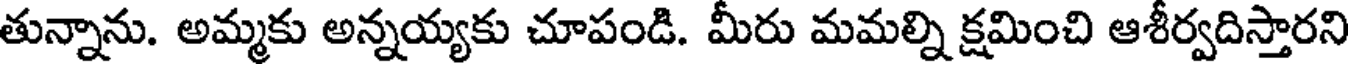
తున్నాను. అమ్మకు అన్నయ్యకు చూపండి. మీరు మమల్ని క్షమించి ఆశీర్వదిస్తారని